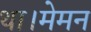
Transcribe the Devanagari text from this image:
था।मेमन